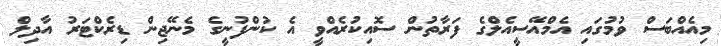
މިއެއްބަސް ވުމުގައި އެމްއޭސީއެލްގެ ފަރާތުން ސޮއިކުރެއްވީ އެ ކުންފުނީގެ މެނޭޖިން ޑިރެކްޓަރު އާދިލް